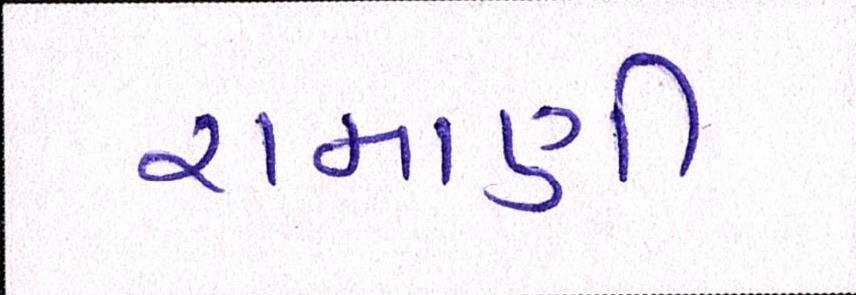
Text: રામાણી